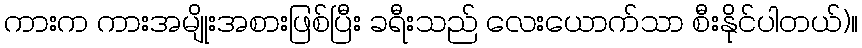
ကားက ကားအမျိုးအစားဖြစ်ပြီး ခရီးသည် လေးယောက်သာ စီးနိုင်ပါတယ်)။